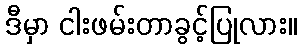
ဒီမှာ ငါးဖမ်းတာခွင့်ပြုလား။